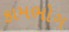
કામભોગ